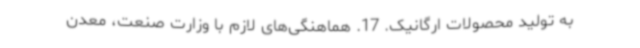
به تولید محصولات ارگانیک. 17. هماهنگی‌های لازم با وزارت صنعت، معدن